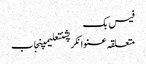
فیس بک
متعلقہ عنوانکرپشنتعلیمپنجاب